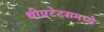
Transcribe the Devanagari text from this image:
थीएटेटसमध्ये